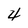
Character: 4